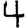
Digit: 4